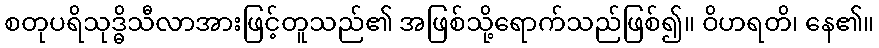
စတုပရိသုဒ္ဓိသီလာအားဖြင့်တူသည်၏ အဖြစ်သို့ရောက်သည်ဖြစ်၍။ ဝိဟရတိ၊ နေ၏။